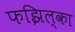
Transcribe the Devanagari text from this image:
फझिल्का